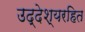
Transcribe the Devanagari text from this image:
उद्देश्यरहित